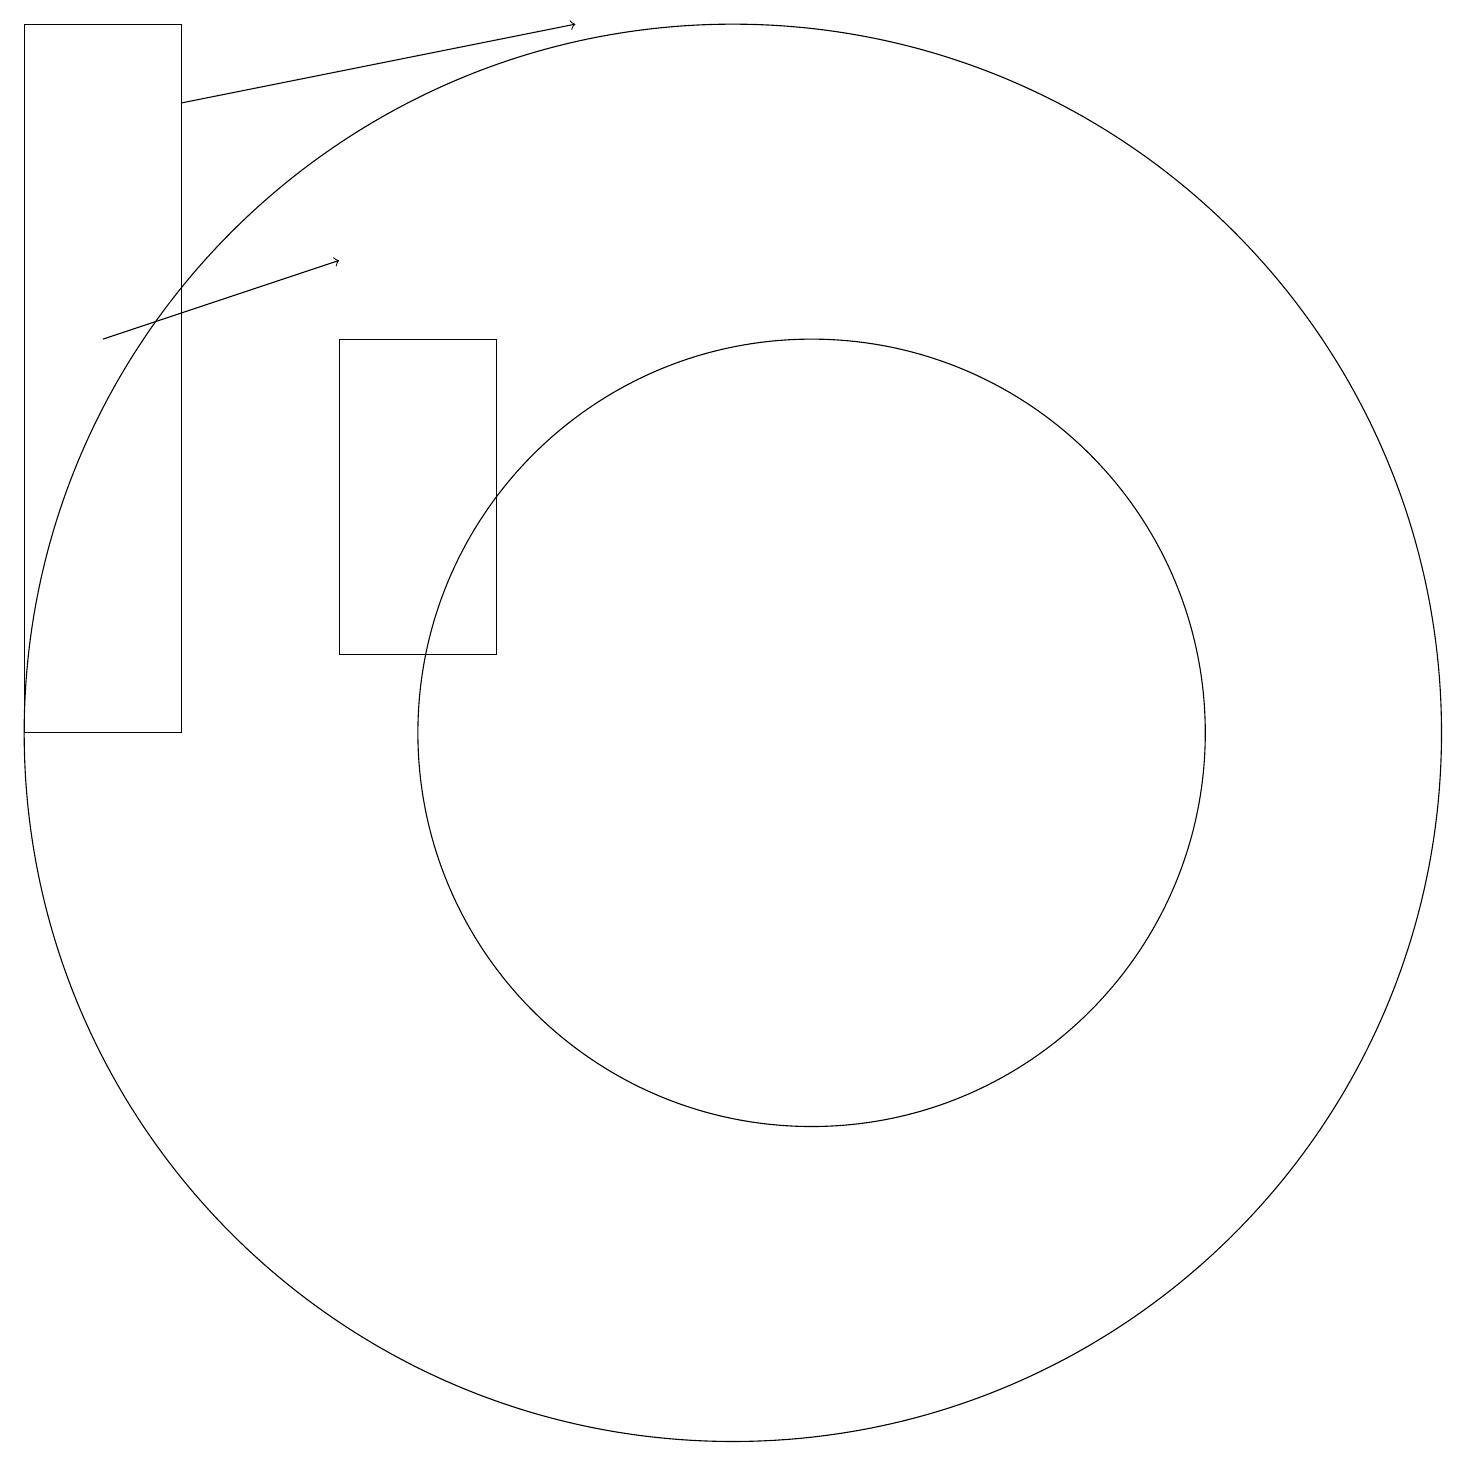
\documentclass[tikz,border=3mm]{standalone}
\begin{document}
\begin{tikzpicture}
\draw (11,10) circle (5);
\draw (7,15) rectangle (5,11);
\draw (10,10) circle (9);
\draw[->] (3,18) -- (8,19);
\draw[->] (2,15) -- (5,16);
\draw (3,10) rectangle (1,19);
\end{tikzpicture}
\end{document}